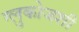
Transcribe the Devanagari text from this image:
ग्लुकोजशी